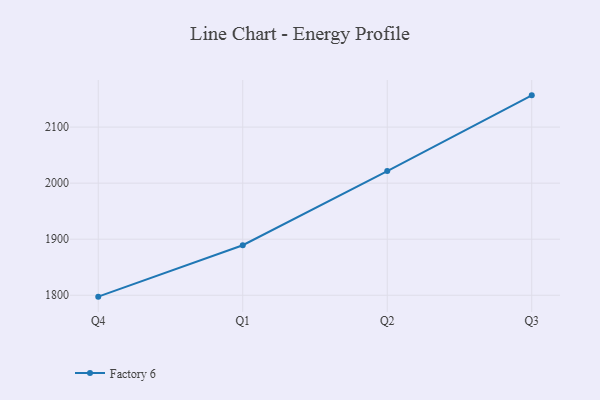
{"axis": {"x": "Quarter", "y": "Population (Million)"}, "legend": ["Factory 6"], "data": [{"x": "Q4", "y": 1797.5, "type": "Factory 6"}, {"x": "Q1", "y": 1889.2, "type": "Factory 6"}, {"x": "Q2", "y": 2021.5, "type": "Factory 6"}, {"x": "Q3", "y": 2156.6, "type": "Factory 6"}]}